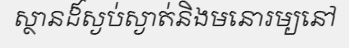
ស្ថានដ៏ស្ងប់ស្ងាត់និងមនោរម្យនៅ